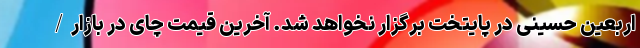
اربعین حسینی در پایتخت برگزار نخواهد شد. آخرین قیمت چای در بازار/